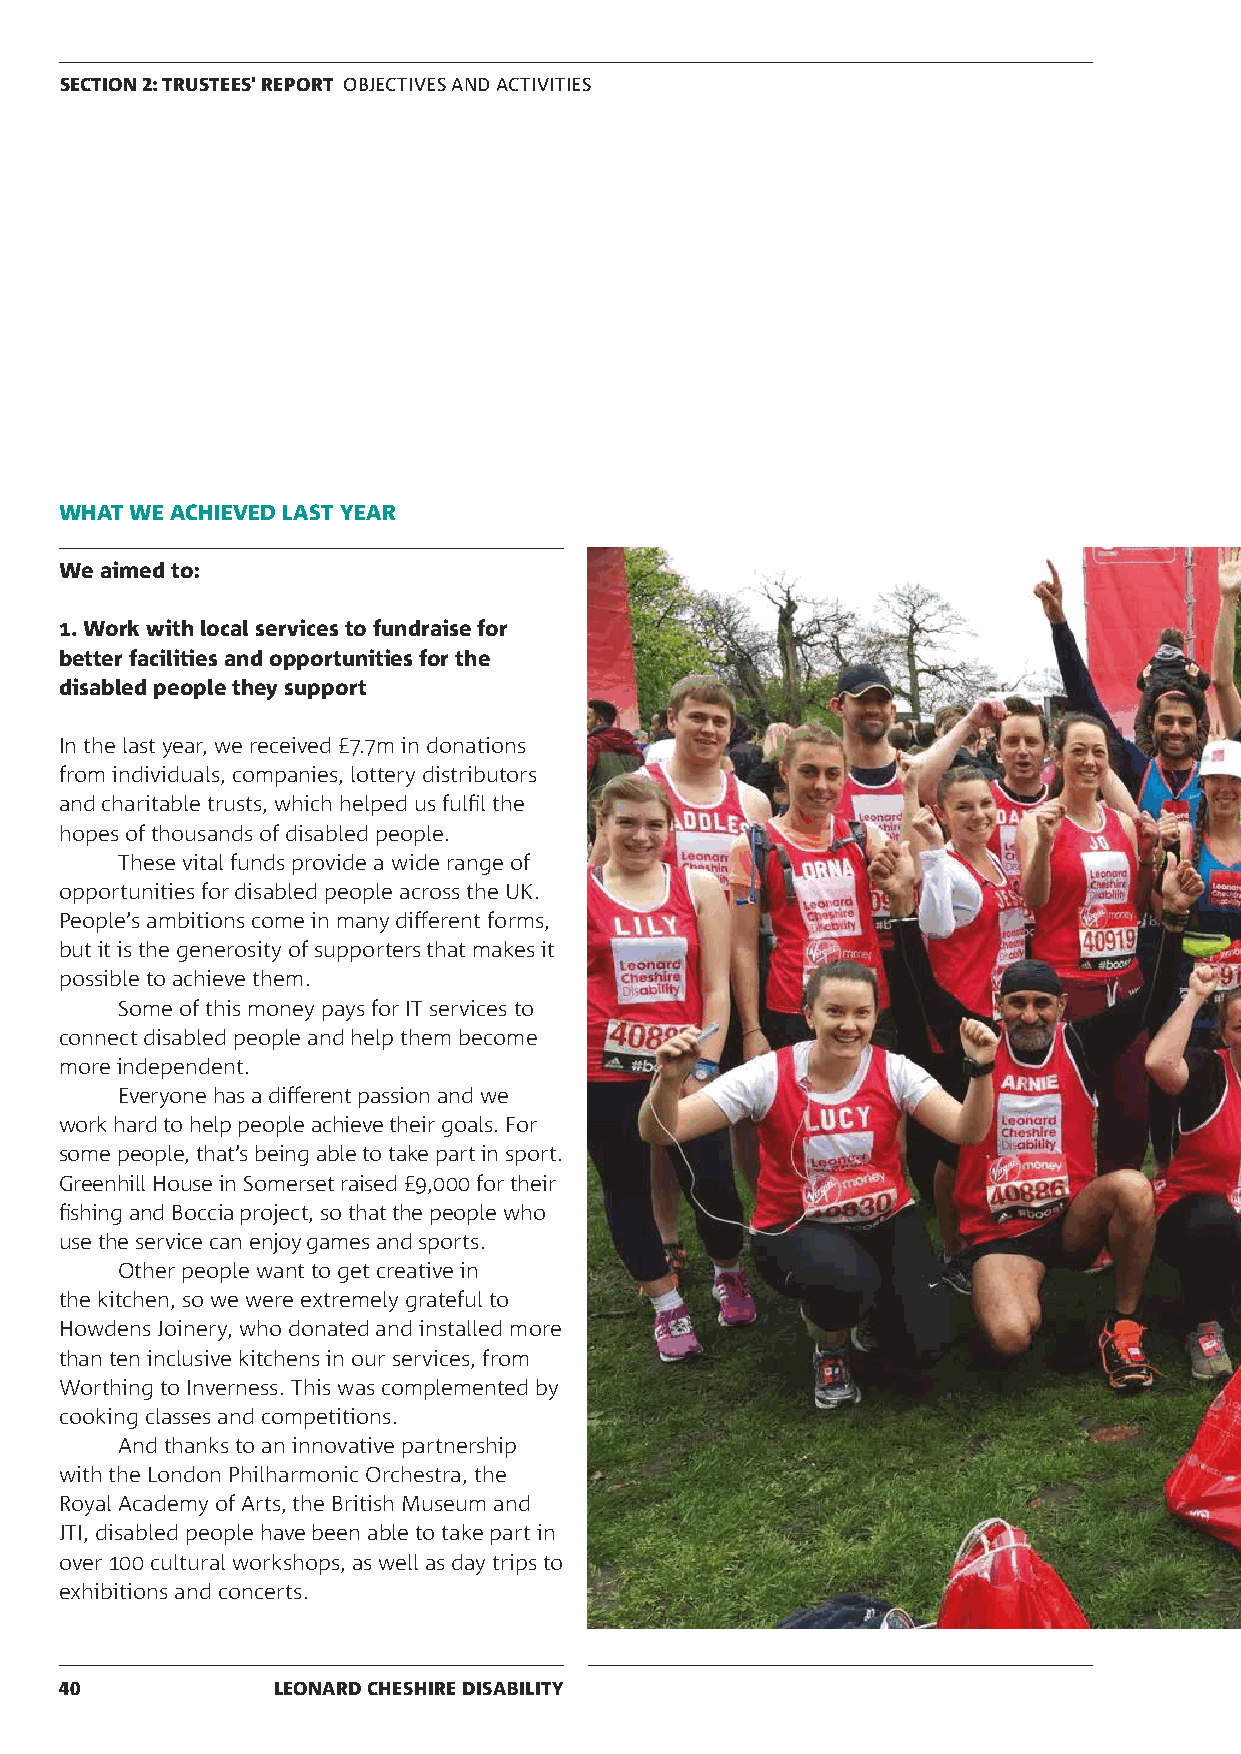
SECTION 2: TRUSTEES' REPORT OBJECTIVES AND ACTIVITIES
 WHAT WE ACHIEVED LAST YEAR
 We aimed to:
 1. Work with local services to fundraise for
 better facilities and opportunities for the
 disabled people they support
 In the last year, we received £7.7m in donations
 from individuals, companies, lottery distributors
 and charitable trusts, which helped us fulfil the
 hopes of thousands of disabled people.
 These vital funds provide a wide range of
 opportunities for disabled people across the UK.
 People’s ambitions come in many different forms,
 but it is the generosity of supporters that makes it
 possible to achieve them.
 Some of this money pays for IT services to
 connect disabled people and help them become
 more independent.
 Everyone has a different passion and we
 work hard to help people achieve their goals. For
 some people, that’s being able to take part in sport.
 Greenhill House in Somerset raised £9,000 for their
 fishing and Boccia project, so that the people who
 use the service can enjoy games and sports.
 Other people want to get creative in
 the kitchen, so we were extremely grateful to
 Howdens Joinery, who donated and installed more
 than ten inclusive kitchens in our services, from
 Worthing to Inverness. This was complemented by
 cooking classes and competitions.
 And thanks to an innovative partnership
 with the London Philharmonic Orchestra, the
 Royal Academy of Arts, the British Museum and
 JTI, disabled people have been able to take part in
 over 100 cultural workshops, as well as day trips to
 exhibitions and concerts.
 40            LEONARD CHESHIRE DISABILITY